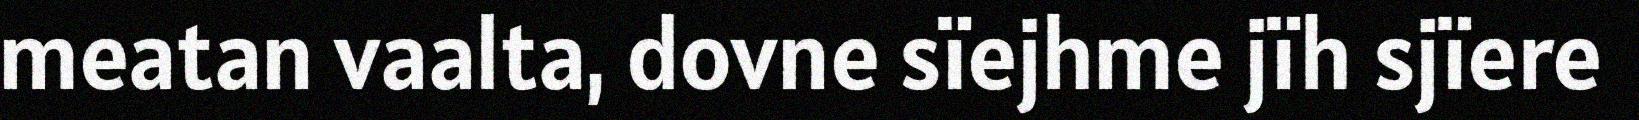
meatan vaalta, dovne sïejhme jïh sjïere